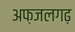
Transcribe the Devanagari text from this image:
अफ़जलगढ़